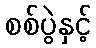
စစ်ပွဲနှင့်